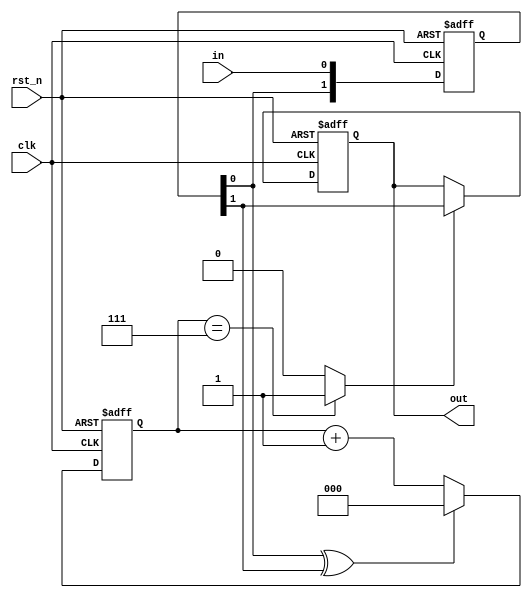
module deb #(
    parameter WIDTH = 3
) (
    input  clk,
    input  rst_n,
    input  in,
    output out
);

    /* output signal */
    reg out_next;
    reg out_reg; 
    assign out = out_reg;

    /* variables */
    reg [      1:0] ff_next, ff_reg;                                //previous (ff[1]) and current (ff[0]) values of the input
    reg [WIDTH-1:0] cnt_next, cnt_reg;                              //counts up to the 2**WIDTH - 1 at which point the input is stable

    assign in_changed = ff_reg[0] ^ ff_reg[1];                      //the input has changed
    assign in_stable  = (cnt_reg == {WIDTH{1'b1}}) ? 1'b1 : 1'b0;   //the input is stable

    /* sequential logic */
    always @(posedge clk, negedge rst_n)
        if(!rst_n) begin
            out_reg <= 1'b0;
            ff_reg  <= 2'b00;
            cnt_reg <= {WIDTH{1'b0}};
        end
        else begin
            out_reg <= out_next;
            ff_reg  <= ff_next;
            cnt_reg <= cnt_next;
        end

    /* combinational logic */
    always @(*) begin
        ff_next[0] = in;
        ff_next[1] = ff_reg[0];

        cnt_next = in_changed ? {WIDTH{1'b0}} : (cnt_reg + 1'b1);
        out_next = in_stable ? ff_reg[1] : out_reg;
    end

    endmodule